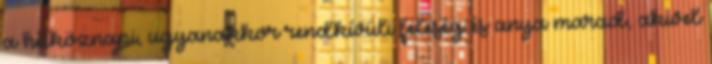
a hétköznapi, ugyanakkor rendkívüli feleség és anya marad, akivel